Cholera in India, 1862 to 1881
Year: 1862
Disease focus: Cholera
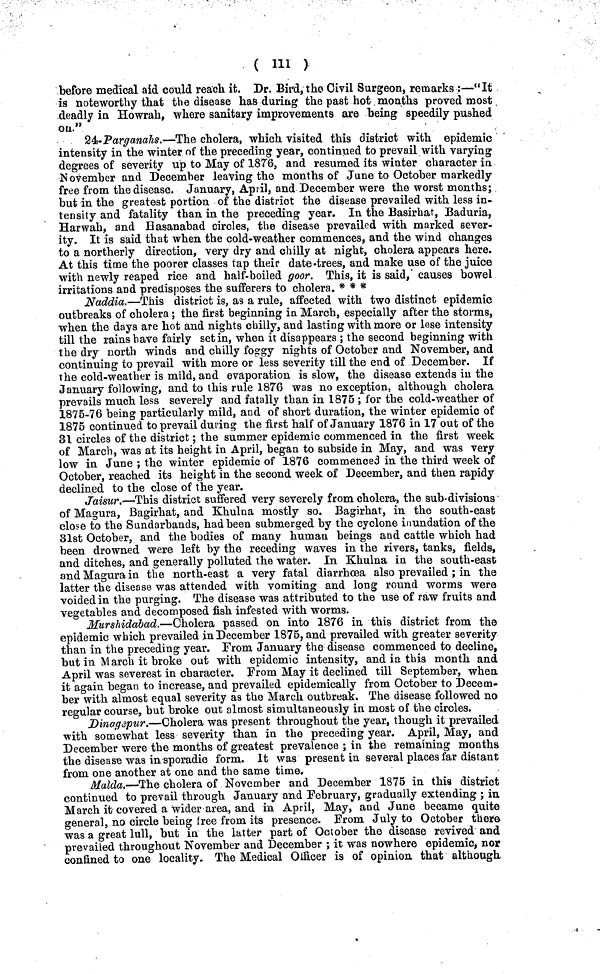
( III )
before medical aid could reach it. Dr. Bird, the Civil Surgeon, remarks :—"It
is noteworthy that the disease has during the past hot months proved most
deadly in Howrah, where sanitary improvements are being speedily pushed
on."
24.Parganahs.—The cholera, which visited this district with epidemic
intensity in the winter of the preceding year, continued to prevail with varying
degrees of severity up to May of 1876, and resumed its winter character in
November and December leaving the months of June to October markedly
free from the disease. January, April, and December were the worst months;
but in the greatest portion of the district the disease prevailed with less in-
tensity and fatality than in the preceding year. In the Basirhat, Baduria,
Harwah, and Hasanabad circles, the disease prevailed with marked sever-
ity. It is said that when the cold-weather commences, and the wind changes
to a northerly direction, very dry and chilly at night, cholera appears here.
At this time the poorer classes tap their date-trees, and make use of the juice
with newly reaped rice and half-boiled goor. This, it is said, causes bowel
irritations and predisposes the sufferers to cholera. * * *
Naddia.—This district is, as a rule, affected with two distinct epidemic
outbreaks of cholera; the first beginning in March, especially after the storms,
when the days are hot and nights chilly, and lasting with more or lese intensity
till the rains have fairly set in, when it disappears ; the second beginning with
the dry north winds and chilly foggy nights of October and November, and
continuing to prevail with more or less severity till the end of December. If
the cold-weather is mild, and evaporation is slow, the disease extends in the
January following, and to this rule 1876 was no exception, although cholera
prevails much less severely and fatally than in 1875 ; for the cold-weather of
1875-76 being particularly mild, and of short duration, the winter epidemic of
1875 continued to prevail during the first half of January 1876 in 17 out of the
31 circles of the district; the summer epidemic commenced in the first week
of March, was at its height in April, began to subside in May, and was very
low in June ; the winter epidemic of 1876 commenced in the third week of
October, reached its height in the second week of December, and then rapidy
declined to the close of the year.
Jaisur.—This district suffered very severely from cholera, the sub-divisions
of Magura, Bagirhat, and Khulna mostly so. Bagirhat, in the south-east
close to the Sundarbands, had been submerged by the cyclone inundation of the
31st October, and the bodies of many human beings and cattle which had
been drowned were left by the receding waves in the rivers, tanks, fields,
and ditches, and generally polluted the water. In Khulna in the south-east
and Magura in the north-east a very fatal diarrhoea also prevailed ; in the
latter the disease was attended with vomiting and long round worms were
voided in the purging. The disease was attributed to the use of raw fruits and
vegetables and decomposed fish infested with worms.
Murshiddbad.—Cholera passed on into 1876 in this district from the
epidemic which prevailed in December 1875, and prevailed with greater severity
than in the preceding year. From January the disease commenced to decline,
but in March it broke out with epidemic intensity, and in this month and
April was severest in character. From May it declined till September, when
it again began to increase, and prevailed epidemically from October to Decem-
ber with almost equal severity as the March outbreak. The disease followed no
regular course, but broke out almost simultaneously in most of the circles.
Dinagepur.—Cholera was present throughout the year, though it prevailed
with somewhat less severity than in the preceding year. April, May, and
December were the months of greatest prevalence ; in the remaining months
the disease was in sporadic form. It was present in several places far distant
from one another at one and the same time.
Malda.—The cholera of November and December 1875 in this district
continued to prevail through January and February, gradually extending ; in
March it covered a wider area, and in April, May, and June became quite
general, no circle being free from its presence. From July to October there
was a great lull, but in the latter part of October the disease revived and
prevailed throughout November and December ; it was nowhere epidemic, nor
confined to one locality. The Medical Officer is of opinion that although